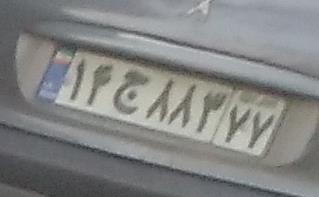
۱۴ج۸۸۳۷۷